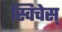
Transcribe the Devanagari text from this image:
स्विचेस्